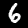
Digit: 6